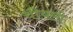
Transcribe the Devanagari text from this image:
चीचली